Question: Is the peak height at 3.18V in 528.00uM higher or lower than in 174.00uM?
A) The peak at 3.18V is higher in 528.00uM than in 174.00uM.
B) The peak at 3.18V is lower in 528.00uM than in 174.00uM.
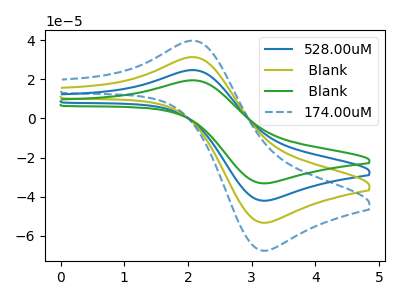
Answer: <think>The blue curve "528.00uM" has an anodic peak at (2.10V, 62.70uA) and a cathodic peak at (3.20V, -106.80uA). The olive curve " Blank" has an anodic peak at (2.10V, 31.35uA) and a cathodic peak at (3.20V, -53.40uA). The green curve " Blank" has an anodic peak at (2.10V, 94.00uA) and a cathodic peak at (3.20V, -160.25uA). The blue dashed curve "174.00uM" has an anodic peak at (2.10V, 39.75uA) and a cathodic peak at (3.20V, -67.70uA).</think>
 <answer>A) The peak at 3.18V is higher in "528.00uM" than in "174.00uM".</answer>
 <eval>A</eval>